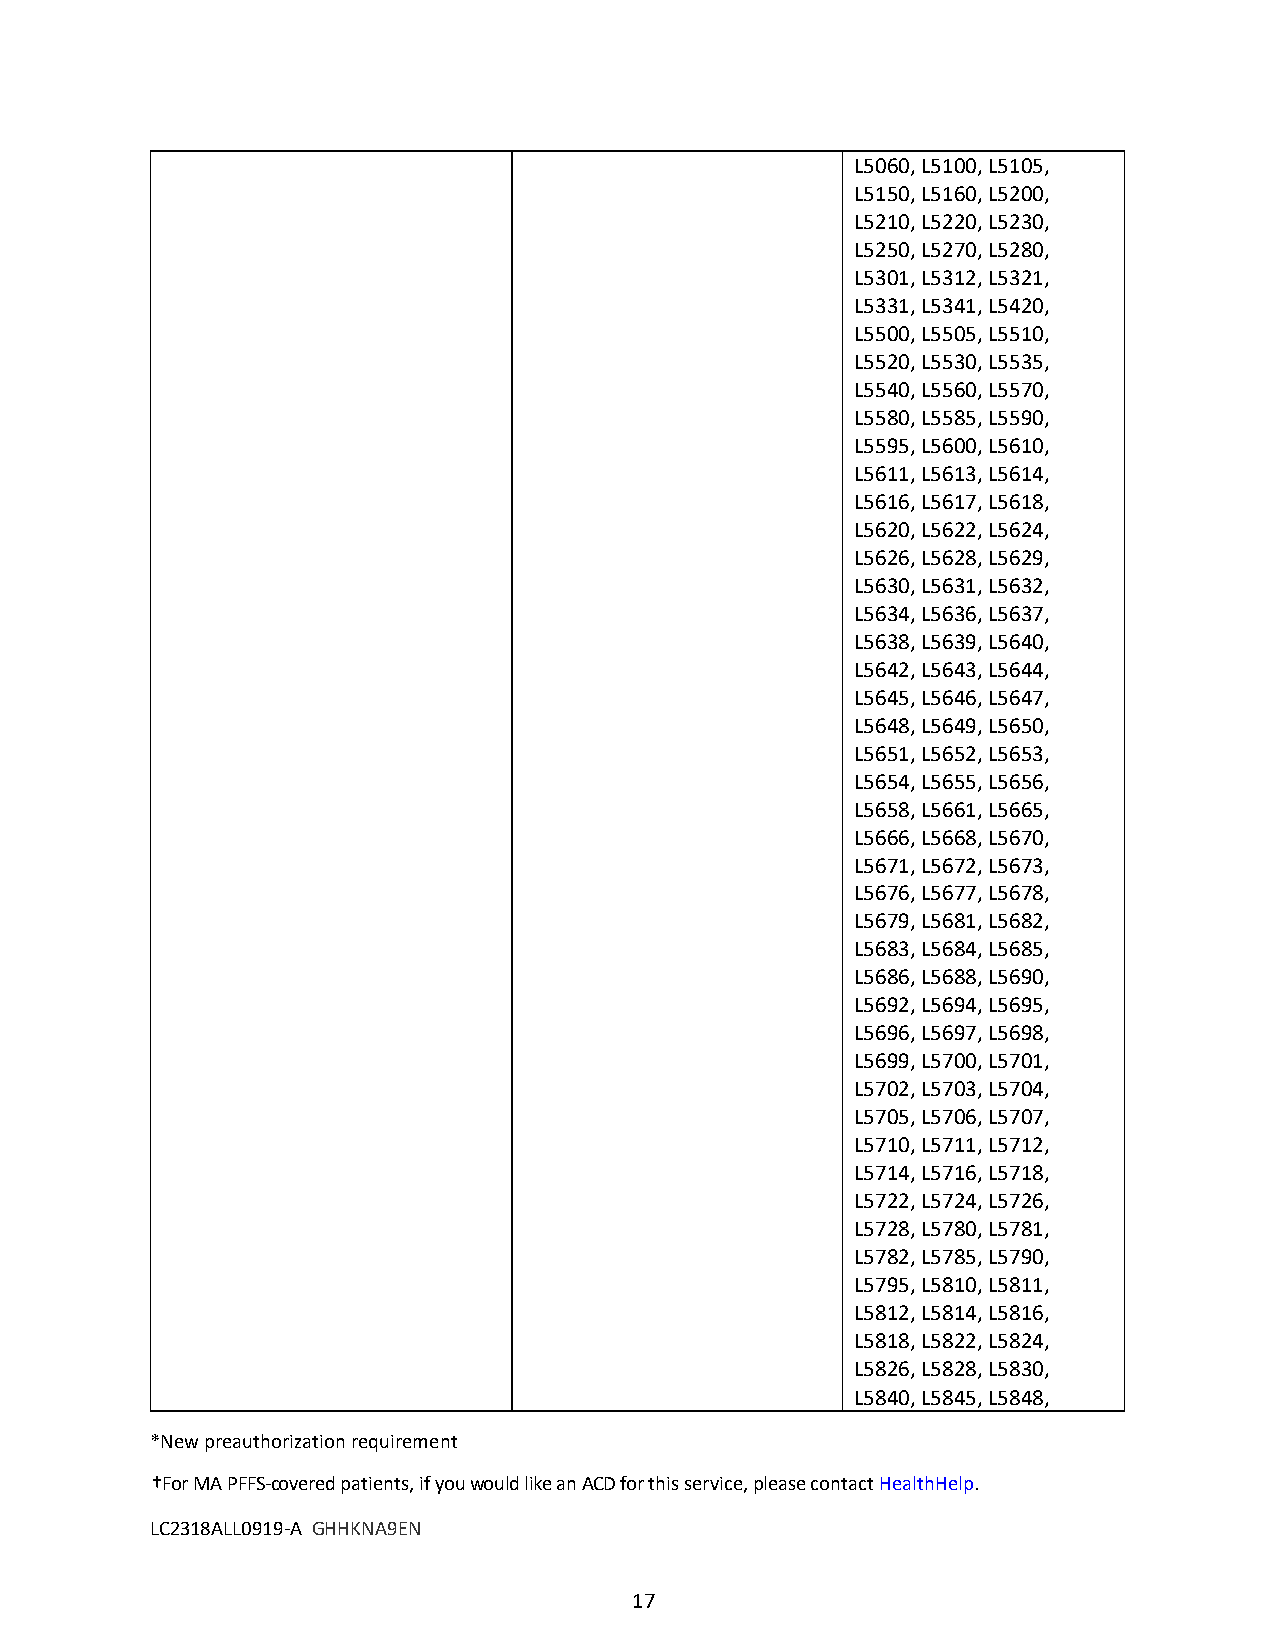
L5060, L5100, L5105,
 L5150, L5160, L5200,
 L5210, L5220, L5230,
 L5250, L5270, L5280,
 L5301, L5312, L5321,
 L5331, L5341, L5420,
 L5500, L5505, L5510,
 L5520, L5530, L5535,
 L5540, L5560, L5570,
 L5580, L5585, L5590,
 L5595, L5600, L5610,
 L5611, L5613, L5614,
 L5616, L5617, L5618,
 L5620, L5622, L5624,
 L5626, L5628, L5629,
 L5630, L5631, L5632,
 L5634, L5636, L5637,
 L5638, L5639, L5640,
 L5642, L5643, L5644,
 L5645, L5646, L5647,
 L5648, L5649, L5650,
 L5651, L5652, L5653,
 L5654, L5655, L5656,
 L5658, L5661, L5665,
 L5666, L5668, L5670,
 L5671, L5672, L5673,
 L5676, L5677, L5678,
 L5679, L5681, L5682,
 L5683, L5684, L5685,
 L5686, L5688, L5690,
 L5692, L5694, L5695,
 L5696, L5697, L5698,
 L5699, L5700, L5701,
 L5702, L5703, L5704,
 L5705, L5706, L5707,
 L5710, L5711, L5712,
 L5714, L5716, L5718,
 L5722, L5724, L5726,
 L5728, L5780, L5781,
 L5782, L5785, L5790,
 L5795, L5810, L5811,
 L5812, L5814, L5816,
 L5818, L5822, L5824,
 L5826, L5828, L5830,
 L5840, L5845, L5848,
 *New preauthorization requirement
 †For MA PFFS-covered patients, if you would like an ACD for this service, please contact HealthHelp.
 LC2318ALL0919-A GHHKNA9EN
 17